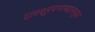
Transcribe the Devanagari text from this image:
दानशूरपणाबद्दलसुद्धा